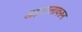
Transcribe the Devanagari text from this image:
अहवालावरुन